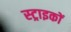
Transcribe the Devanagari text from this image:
स्ट्राइकों